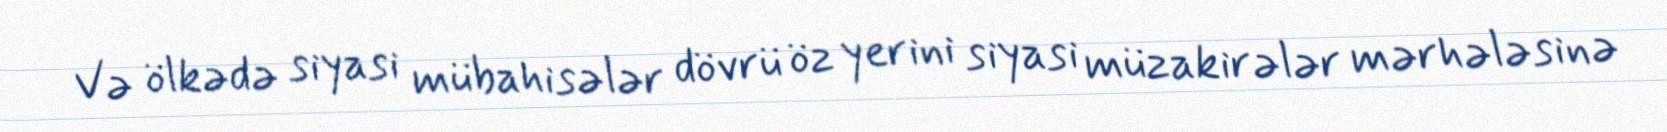
Və ölkədə siyasi mübahisələr dövrü öz yerini siyasi müzakirələr mərhələsinə